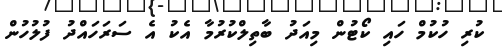
ކުރި ހުކުމް ހައި ކޯޓުން މިއަދު ބާތިލްކުރުމާ އެކު އެ ސަރަހައްދު ފުލުހުން